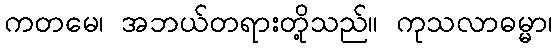
ကတမေ၊ အဘယ်တရားတို့သည်။ ကုသလာဓမ္မာ၊